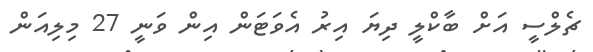
ޗެލްސީ އަށް ބާކްލީ ދިޔަ އިރު އެވަޓަން އިން ވަނީ 27 މިލިއަން